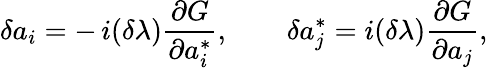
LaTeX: \delta a_{i}=-\, {i}(\delta\lambda){\frac{\partial G}{\partial a_{i}^{*}}},\qquad\delta a_{j}^{*}={i}(\delta\lambda){\frac{\partial G}{\partial a_{j}}},